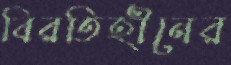
বিরতিহীনের